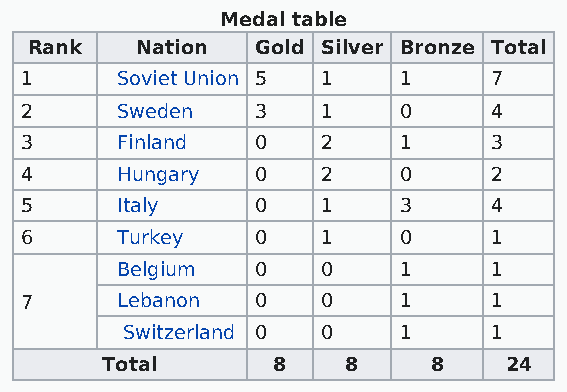
Medal table
 Rank   Nation  Gold Silver Bronze Total
 1      Soviet Union 5 1  1      7
 2      Sweden   3   1    0      4
 3      Finland  0   2    1      3
 4      Hungary  0   2    0      2
 5      Italy    0   1    3      4
 6      Turkey   0   1    0      1
 Belgium  0   0    1      1
 7      Lebanon  0   0    1      1
 Switzerland 0 0   1      1
 Total      8    8    8    24